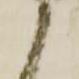
候